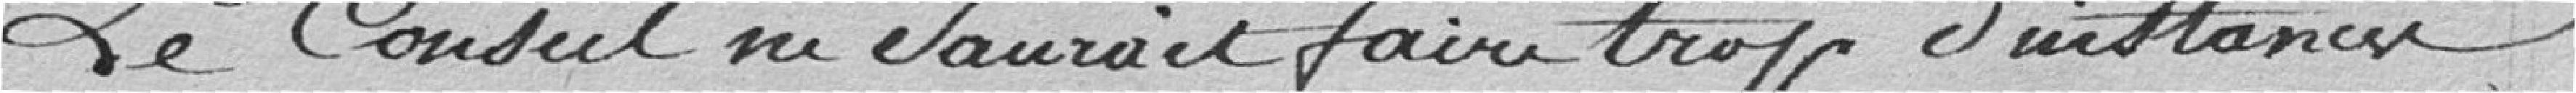
Le conseil ne saurait faire trop d'instances